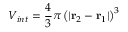
V _ { i n t } = \frac { 4 } { 3 } \pi \left( | \mathbf { r } _ { 2 } - \mathbf { r } _ { 1 } | \right) ^ { 3 }